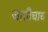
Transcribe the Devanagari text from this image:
जातीचाच